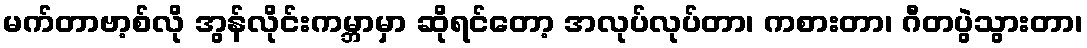
မက်တာဗာ့စ်လို အွန်လိုင်းကမ္ဘာမှာ ဆိုရင်တော့ အလုပ်လုပ်တာ၊ ကစားတာ၊ ဂီတပွဲသွားတာ၊